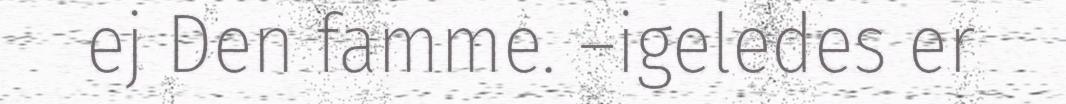
ej Den famme. –igeledes er